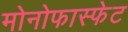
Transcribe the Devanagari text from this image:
मोनोफास्फेट